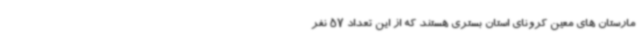
مارستان های معین کرونای استان بستری هستند که از این تعداد 57 نفر